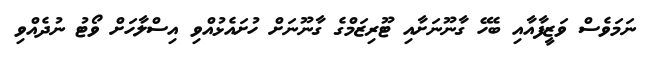
ނަމަވެސް ވަޒީފާއާއި ބެހޭ ގާނޫނަށާއި ޓޫރިޒަމްގެ ގާނޫނަށް ހުށައެޅުއްވި އިސްލާހަށް ވޯޓު ނުދެއްވި